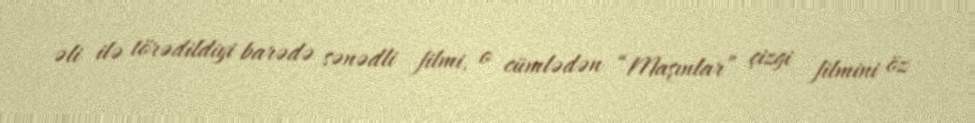
əli ilə törədildiyi barədə sənədli filmi, o cümlədən “Maşınlar” çizgi filmini öz